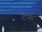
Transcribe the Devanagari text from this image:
टैफे